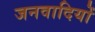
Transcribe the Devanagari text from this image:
जनवादियों